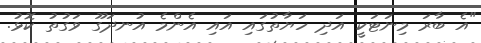
"އެ ބާރަ މިނަޓަކީ އަދި ހަޔާތުގައި އައި އެންމެ އުނދަގޫ ވަގުތު ކޮޅު.